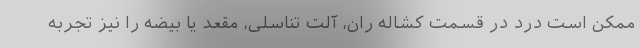
ممکن است درد در قسمت کشاله ران، آلت تناسلی، مقعد یا بیضه را نیز تجربه